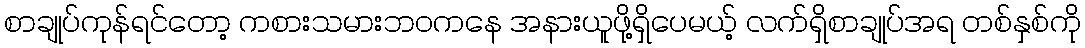
စာချုပ်ကုန်ရင်တော့ ကစားသမားဘဝကနေ အနားယူဖို့ရှိပေမယ့် လက်ရှိစာချုပ်အရ တစ်နှစ်ကို